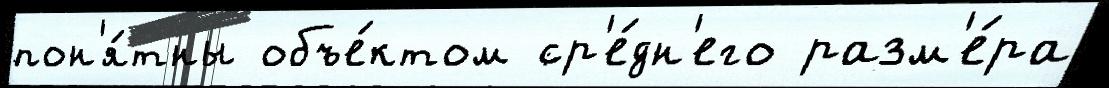
пон'я́тны объе́ктом ср'е́дн'его разм'е́ра